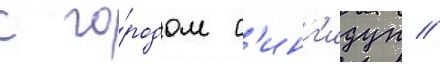
с го́родом с'инг'идун //